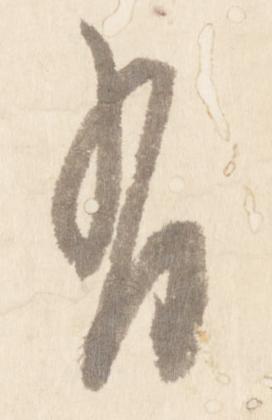
有